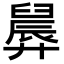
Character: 𪪸